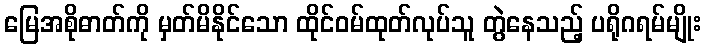
မြေအစိုဓာတ်ကို မှတ်မိနိုင်သော ထိုင်ဝမ်ထုတ်လုပ်သူ တွဲနေသည့် ပရိုဂရမ်မျိုး